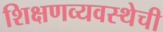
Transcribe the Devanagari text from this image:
शिक्षणव्यवस्थेची